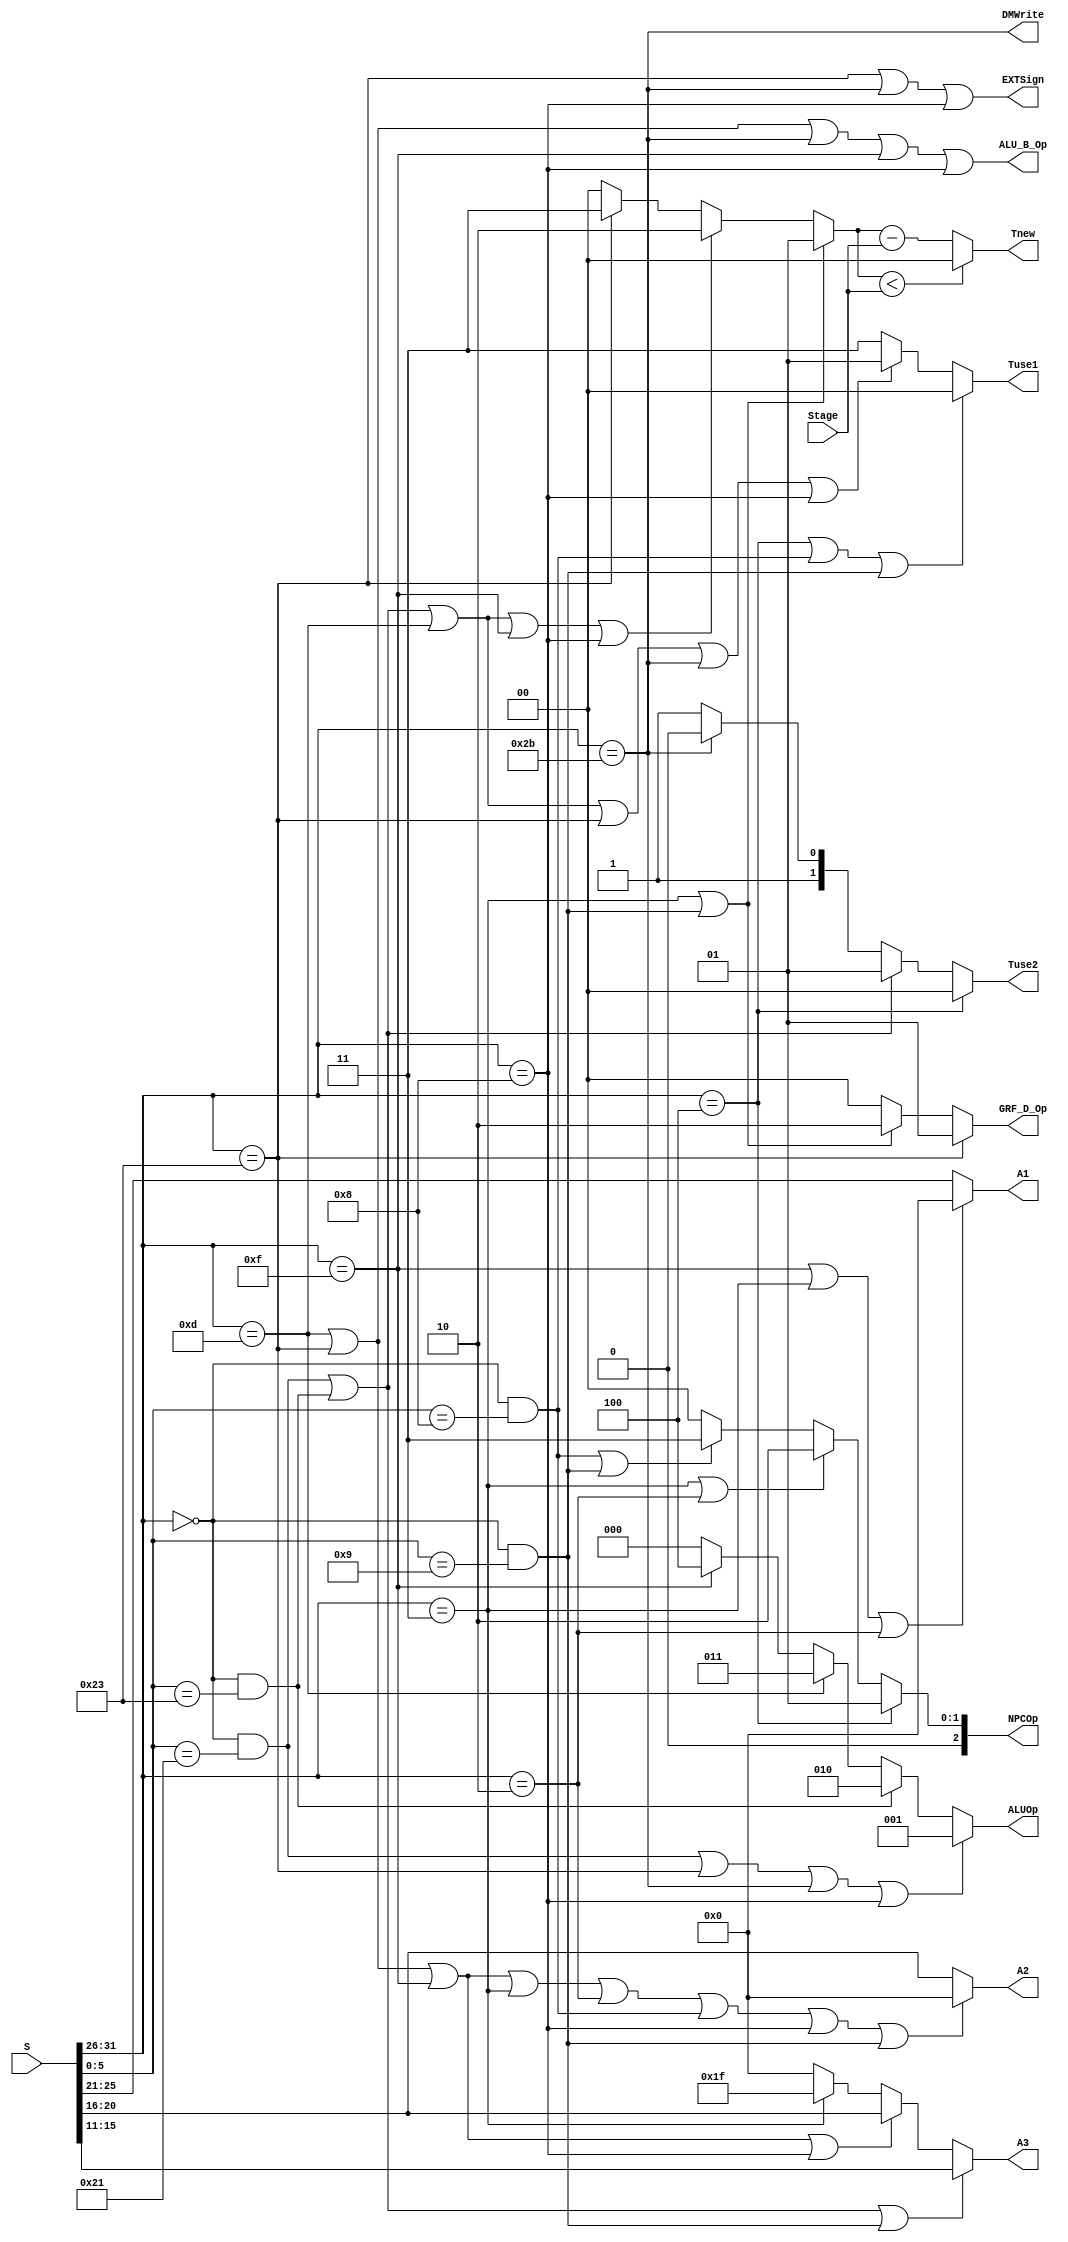
`timescale 1ns / 1ps
module cu(
		input [31:0] S,
		input  [1:0] Stage,
		output [2:0] NPCOp,
		output [1:0] GRF_D_Op,
		output 		 EXTSign,
		output [2:0] ALUOp,
		output 		 ALU_B_Op,
		output 		 DMWrite,
		output [4:0] A1,
		output [4:0] A2,
		output [4:0] A3,
		output [1:0] Tnew,
		output [1:0] Tuse1,
		output [1:0] Tuse2
	);
	wire [5:0] Opcode,Funct;
	assign Opcode=S[31:26];
	assign Funct=S[5:0];
	
	wire [1:0] Tnew_;
	
	wire Addu,Subu,Ori,Lw,Sw,Beq,Lui,J,Jal,Jr;
	assign Addu=(Opcode==6'b000000 && Funct==6'b100001);
	assign Subu=(Opcode==6'b000000 && Funct==6'b100011);
	assign Ori =(Opcode==6'b001101);
	assign Lw  =(Opcode==6'b100011);
	assign Sw  =(Opcode==6'b101011);
	assign Beq =(Opcode==6'b000100);
	assign Lui =(Opcode==6'b001111);
	assign J   =(Opcode==6'b000010);
	assign Jal =(Opcode==6'b000011);
	assign Jr  =(Opcode==6'b000000 && Funct==6'b001000);
	assign Addi=(Opcode==6'b001000);
	assign Jalr=(Opcode==6'b000000 && Funct==6'b001001);
	
	
	
	
	assign NPCOp=		(Beq?3'b001:
							(Jal|J?3'b010:
							(Jr|Jalr?3'b011:0)));
	assign GRF_D_Op=	(Lw?2'b01:
							(Jal|Jalr?2'b10:0));
	assign EXTSign=	Lw|Sw|Addi;
	assign ALUOp=		(Addu|Lw|Sw|Addi?3'd1:
							(Subu?3'd2:
							(Ori?3'd3:
							(Lui?3'd4:0))));
	assign ALU_B_Op=	Ori|Lw|Sw|Lui|Addi;
	assign DMWrite=	Sw;
	
	assign A1=			(Lui|Jal|J?0:S[25:21]);
	assign A2=			(Ori|Lw|Lui|Jal|J|Jr|Addi|Jalr?0:S[20:16]);
	assign A3=			(Addu|Subu|Jalr?S[15:11]:
							(Ori|Lw|Lui|Addi?S[20:16]:
							(Jal?5'h1f:0)));
						
	assign Tuse1=		(Beq|Jr|Jalr?0:
							(Addu|Subu|Ori|Lw|Sw|Addi?2'b01:2'b11));
	assign Tuse2=		(Beq?0:
							(Addu|Subu?2'b01:
							(Sw?2'b10:2'b11)));
	assign Tnew_=		(Jal|Jalr?2'b01:
							(Addu|Subu|Ori|Lui|Addi?2'b10:
							(Lw?2'b11:0)));
	assign Tnew =		(Tnew_<Stage?0:Tnew_-Stage);
endmodule